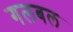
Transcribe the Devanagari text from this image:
गलबल